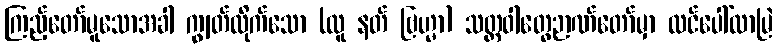
ကြည့်တော်မူသောအခါ ကျွတ်ထိုက်သော (လူ နတ် ဗြဟ္မာ) သတ္တဝါတွေဉာဏ်တော်မှာ ထင်ပေါ်လာမြဲ